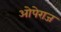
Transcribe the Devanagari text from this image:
ओपेराज